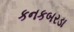
કનકબરડા